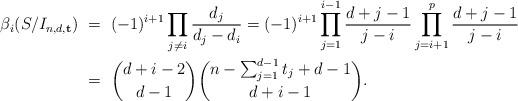
LaTeX: \begin{align*}\beta_{i}(S/I_{n,d,{\bf t}})\ &=\ (-1)^{i+1} \prod_{j \neq i} \frac{d_{j}}{d_{j}-d_{i}}= (-1)^{i+1}\prod_{j=1}^{i-1}\frac{d+j-1}{j-i}\prod_{j=i+1}^{p} \frac{d+j-1}{j-i}\\&=\ \binom{d+i-2}{d-1}\binom{n-\sum_{j=1}^{d-1}t_j+d-1}{d+i-1}.\end{align*}